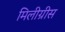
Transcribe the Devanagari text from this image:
मिलीग्रीस